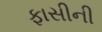
ફાસીની